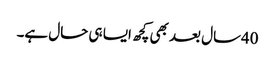
40سال بعد بھی کچھ ایسا ہی حال ہے۔